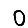
Digit: 0